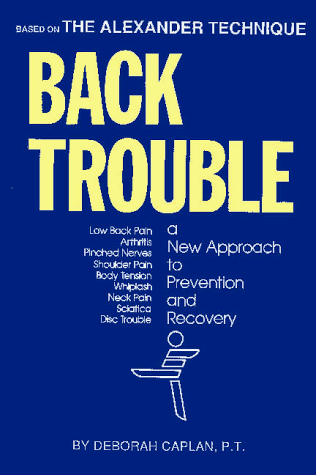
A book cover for Back Trouble: A New Approach to Prevention and Recovery; Deborah Caplan; Health, Fitness & Dieting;